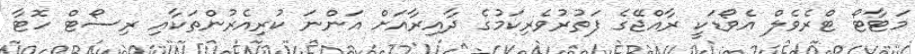
މަޓާޓޯ ޓްރެވެލް އެވޯޑަކީ ރާއްޖޭގެ ފަތުރުވެރިކަމުގެ ދާއިރާއަށް އަންނަ ކުރިއެރުންތަކާއި ރިސޯޓް ހޮޓާ